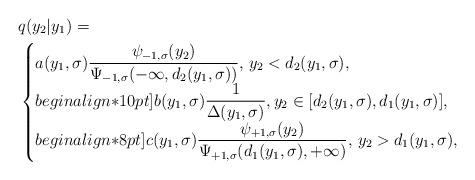
LaTeX: \begin{align*}& q(y_2|y_1)=\\&\begin{cases}a(y_1,\sigma)\dfrac{\psi_{-1,\sigma}(y_2)}{\Psi_{-1,\sigma}(-\infty,d_2(y_1,\sigma))},\,y_2<d_2(y_1,\sigma),\\begin{align*}10pt]b(y_1,\sigma)\dfrac{1}{\Delta(y_1,\sigma)},y_2\in[d_2(y_1,\sigma),d_1(y_1,\sigma)],\\begin{align*}8pt]c(y_1,\sigma) \dfrac{\psi_{+1,\sigma}(y_2)}{\Psi_{+1,\sigma}(d_1(y_1,\sigma),+\infty)},\,y_2>d_1(y_1,\sigma),\end{cases}\end{align*}